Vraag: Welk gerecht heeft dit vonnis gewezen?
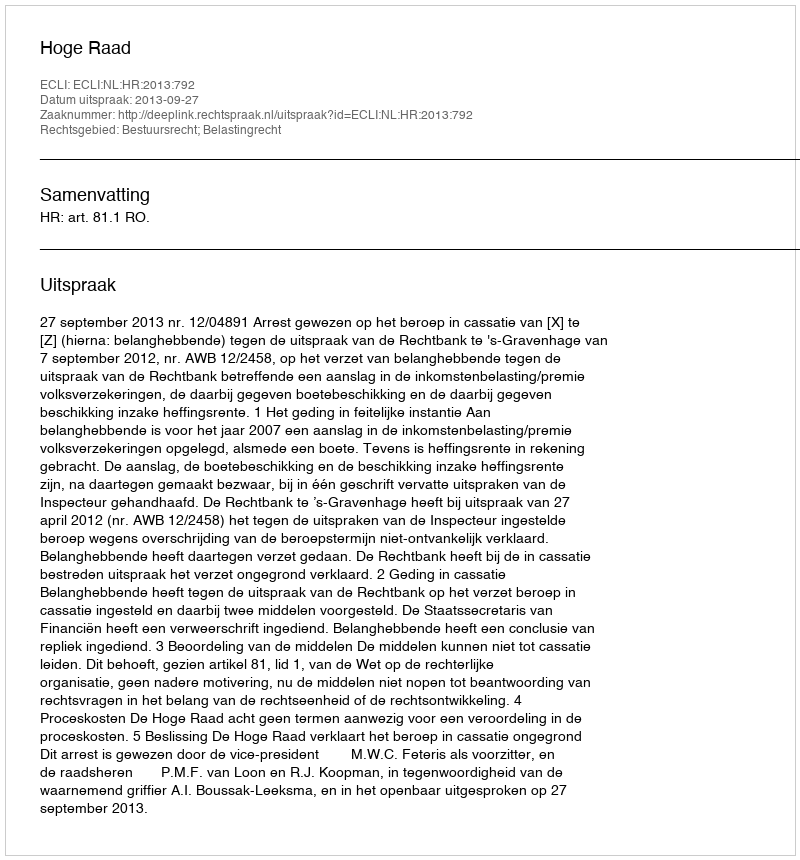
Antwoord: Hoge Raad